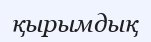
қырымдық